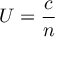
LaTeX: U = { \frac { c } { n } }